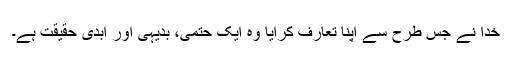
خدا نے جس طرح سے اپنا تعارف کرایا وہ ایک حتمی، بدیہی اور ابدی حقیقت ہے۔